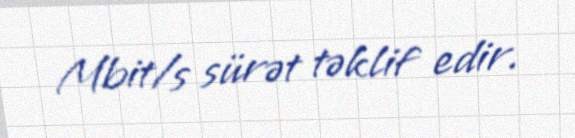
Mbit/s sürət təklif edir.